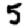
Digit: 5